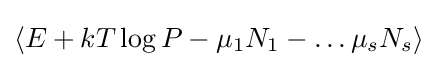
\left\langle E+kT\log P-\mu _{1}N_{1}-\ldots \mu _{s}N_{s}\right\rangle